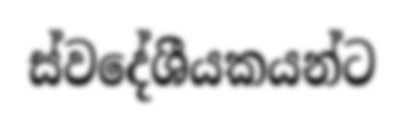
ස්වදේශීයකයන්ට